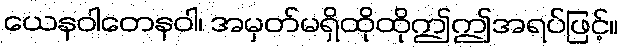
ယေနဝါတေနဝါ၊ အမှတ်မရှိထိုထိုဤဤအရပ်ဖြင့်။